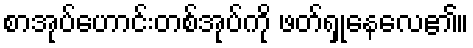
စာအုပ်ဟောင်းတစ်အုပ်ကို ဖတ်ရှုနေလေ၏။